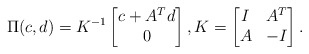
\begin{align*}\Pi(c,d)= K^{-1}\begin{bmatrix}c + A^Td \\ 0\end{bmatrix}, K = \begin{bmatrix}I & A^T \\A & -I\end{bmatrix}.\end{align*}